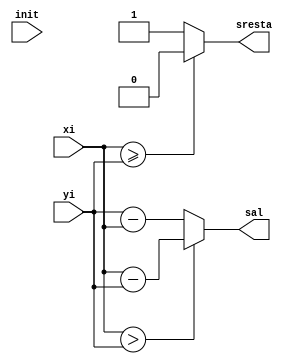
`timescale 1ns / 1ps


module restador(init, xi, yi,sal,sresta);

  input init;
  input [3 :0] xi;
  input [3 :0] yi;
  output [3:0] sal;
  output sresta;

  wire [3:0] st;
  wire rs;

assign st=(xi>yi)? xi-yi:yi-xi;
assign rs=(xi>=yi)? 1'b0:1'b1;
assign sresta=rs;
assign sal= st;
 
endmodule